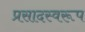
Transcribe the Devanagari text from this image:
प्रसादस्‍वरूप